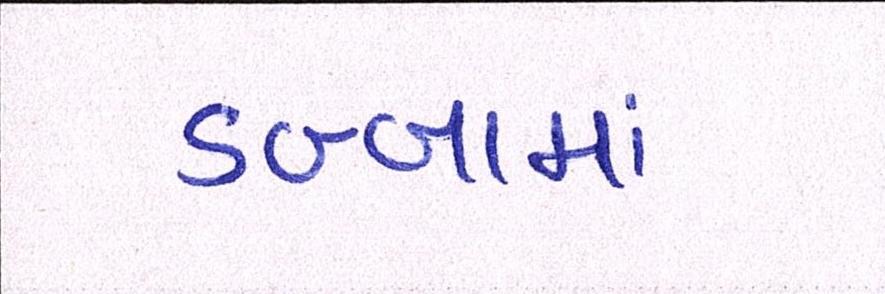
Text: ડબ્બામાં